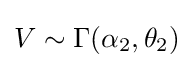
V\sim \Gamma (\alpha _{2},\theta _{2})